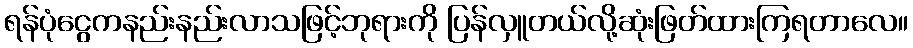
ရန်ပုံငွေကနည်းနည်းလာသဖြင့်ဘုရားကို ပြန်လှူတယ်လို့ဆုံးဖြတ်ထားကြရတာလေ။